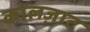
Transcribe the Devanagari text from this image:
कोलज़ाट